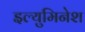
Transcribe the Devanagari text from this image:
इल्युमिनेश